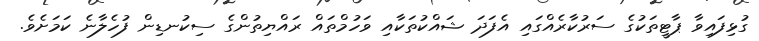
ގުޅިފައިވާ ޕާޓީތަކުގެ ސަރުކާރެއްގައި އެފަދަ ޝައްކުތަކާއި ވަހުމްތައް ރައްޔިތުންގެ ސިކުނޑިން ފުހެލާނެ ކަމަށެވެ.